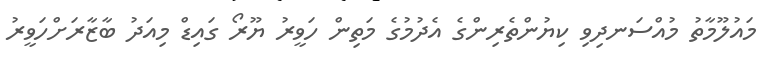
މައުލޫމާތު މުއްސަނދިވި ކިޔުންތެރިންގެ އެދުމުގެ މަތިން ހަވީރު ޔޫރޯ ގައިޑް މިއަދު ބާޒާރަށްހަވީރު